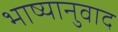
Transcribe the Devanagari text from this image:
भाष्यानुवाद